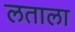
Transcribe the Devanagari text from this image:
लताला